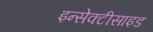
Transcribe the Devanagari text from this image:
इन्सेक्टीसाइड